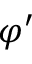
\varphi ^ { \prime }